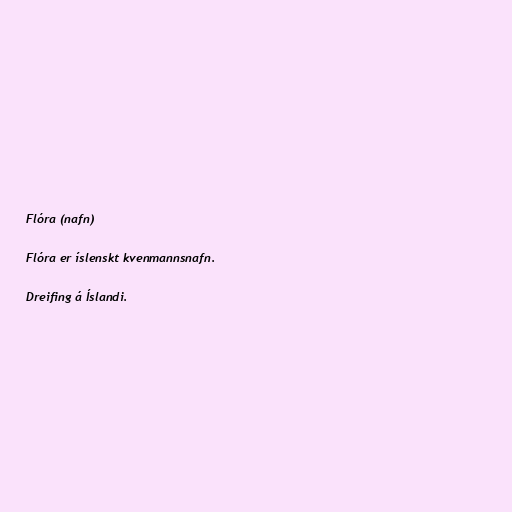
Flóra (nafn)

Flóra er íslenskt kvenmannsnafn.

Dreifing á Íslandi.